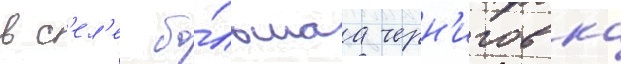
в с'ел'е бо́льшаа черн'иговка